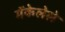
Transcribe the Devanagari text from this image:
मॅकेलेले